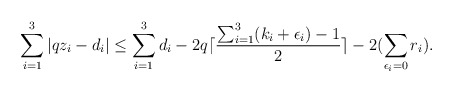
\begin{align*}\sum_{i=1}^3 |qz_i - d_i| \le \sum_{i=1}^3 d_i -2 q\lceil \frac{\sum_{i=1}^3 (k_i + \epsilon_i)-1}{2}\rceil - 2(\sum_{\epsilon_i=0}r_i).\end{align*}